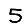
Digit: 5